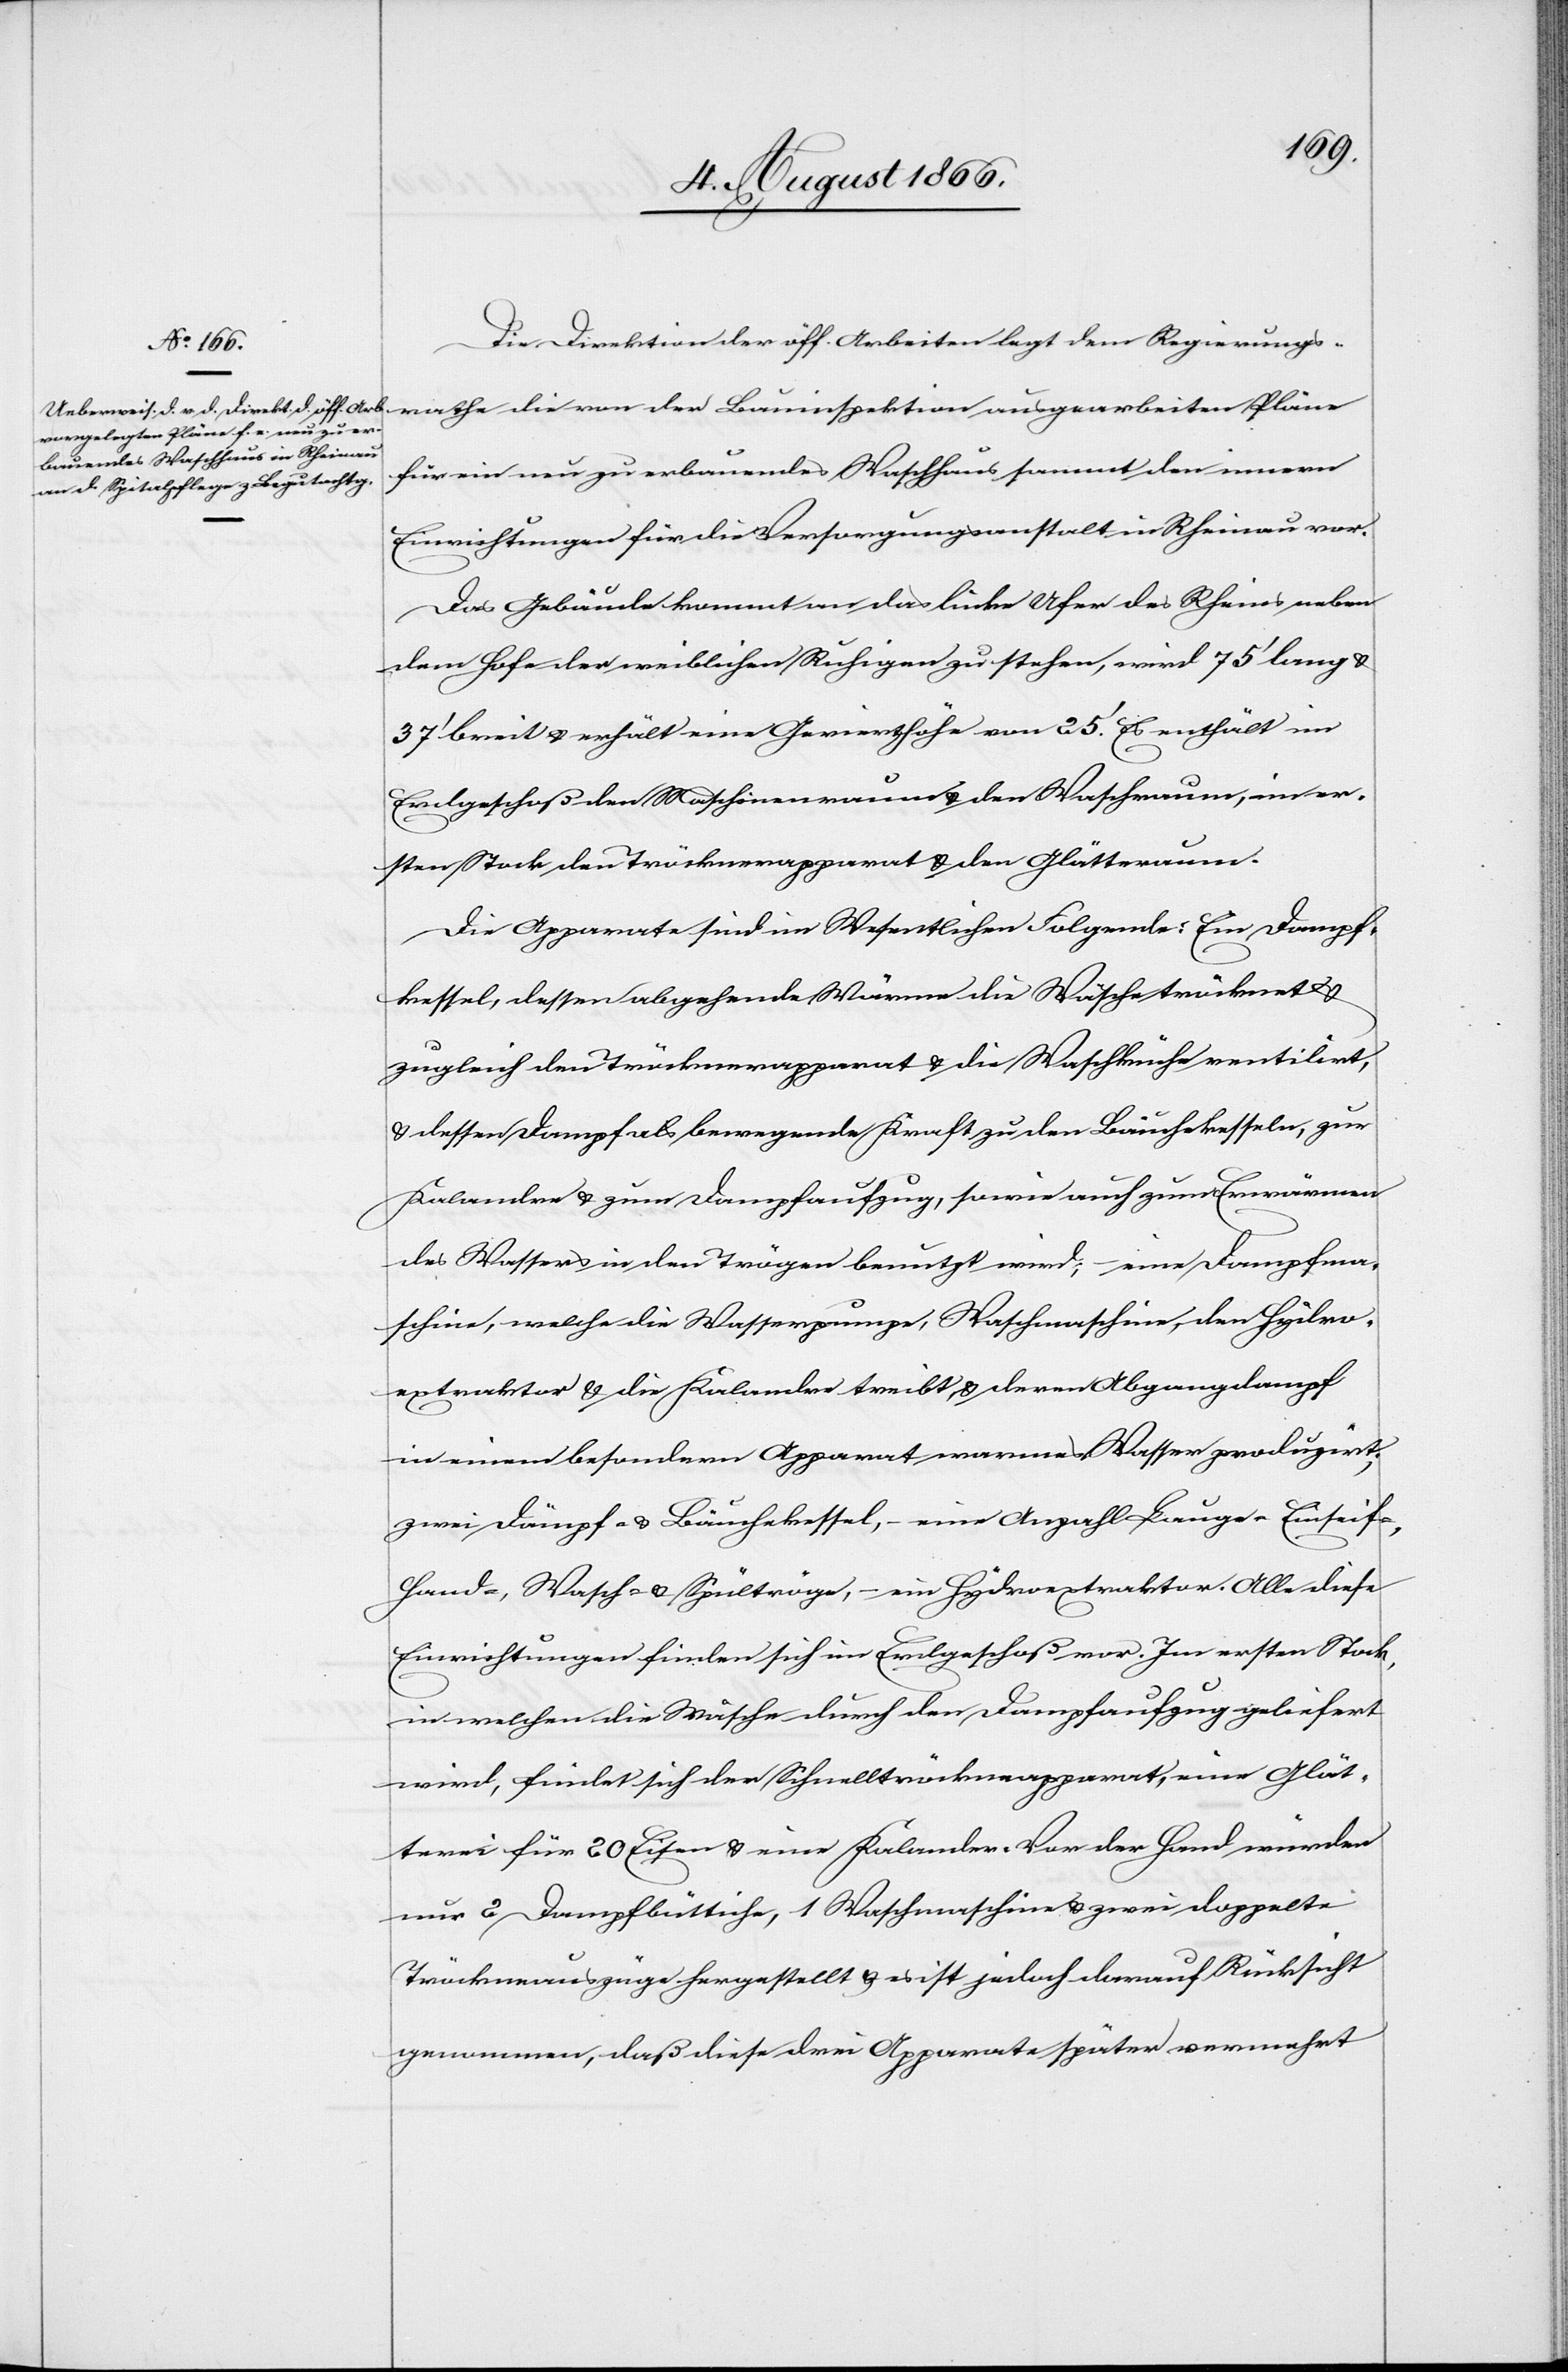
Die Direktion der öff. Arbeiten legt dem Regierungsrathe
für ein neu zu erbauendes Waschhaus sammt den innern
Einrichtungen für die Versorgungsanstalt in Rheinau vor.
Das Gebäude kommt an das linke Ufer des Rheins neben
dem Hofe der weiblichen Ruhigen zu stehen, wird 75‘ lang
37‘ breit u. erhält eine Gevierthöhe von 25‘. Es enthält im
Erdgeschoß den Maschinenraum u. den Waschraum, im er¬
sten Stock den Tröcknerapparat u. den Glätteraum.
Die Apparate sind im Wesentlichen Folgende: Ein Dampf¬
kessel, dessen abgehende Wärme die Wäsche trocknet u.
zugleich den Tröcknerapparat u. die Waschküche ventilirt,
u. dessen Dampf als bewegende Kraft zu den Bäuchekesseln, zur
Kalandre u. zum Dampfaufzug, sowie auch zum Erwärmen
des Wassers in den Trögen benutzt wird, eine Dampfma¬
schine, welche die Wasserpumpe, Waschmaschine, den Hydro¬
extraktor u. die Kalandre treibt u. deren Abgangsdampf
in einem besondern Apparat warmes Wasser produzirt;
zwei Dämpf- u. Bäuchekessel, – eine Anzahl Lauge-[,] Einseif-[,]
Hand, Wasch- u. Spültröge, – ein Hydroextraktor. Alle diese
Einrichtungen finden sich im Erdgeschoß vor. Im ersten Stock,
in welchen die Wäsche durch den Dampfaufzug geliefert
wird, findet sich der Schnelltröckneapparat, eine Glät¬
terei für 20 Eisen u. eine Kalendre. Vor der Hand würden
nur 2 Dampfbüttiche, 1 Waschmaschine u. zwei doppelte
Tröckneauszüge hergestellt u. es ist jedoch darauf Rücksicht
genommen, daß diese drei Apparate später vermehrt